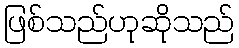
ဖြစ်သည်ဟုဆိုသည်